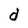
Character: d